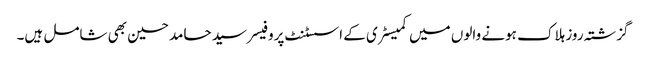
گزشتہ روز ہلاک ہونے والوں میں کمیسٹری کے اسسٹنٹ پروفیسر سید حامد حسین بھی شامل ہیں۔